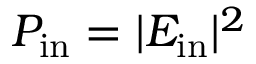
P _ { \mathrm { i n } } = | E _ { \mathrm { i n } } | ^ { 2 }